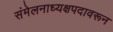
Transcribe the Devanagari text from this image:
संमेलनाध्यक्षपदावरून